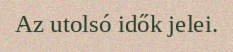
Az utolsó idők jelei.